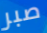
صبر